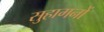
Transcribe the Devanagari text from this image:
सुहागनों